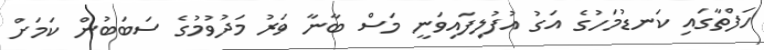
ހަފްތާގައި ކަނޑުމަހުގެ އަގު އުފުލިފައިވަނީ މަސް ބާނާ ވަރު މަދުވުމުގެ ސަބަބުން ކަމަށް